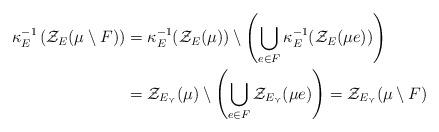
LaTeX: \begin{align*}\kappa_E^{-1} \left( \mathcal{Z}_E ( \mu \setminus F) \right) &= \kappa_E^{-1}( \mathcal{Z}_E ( \mu ) ) \setminus \left( \bigcup_{ e \in F } \kappa_E^{-1} ( \mathcal{Z}_E(\mu e))\right) \\&= \mathcal{Z}_{E_\curlyvee} ( \mu ) \setminus \left( \bigcup_{ e \in F } \mathcal{Z}_{E_\curlyvee}(\mu e)\right)= \mathcal{Z}_{E_\curlyvee} ( \mu \setminus F)\end{align*}